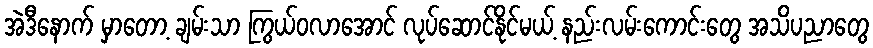
အဲဒီနောက် မှာတော့ ချမ်းသာ ကြွယ်ဝလာအောင် လုပ်ဆောင်နိုင်မယ့် နည်းလမ်းကောင်းတွေ အသိပညာတွေ